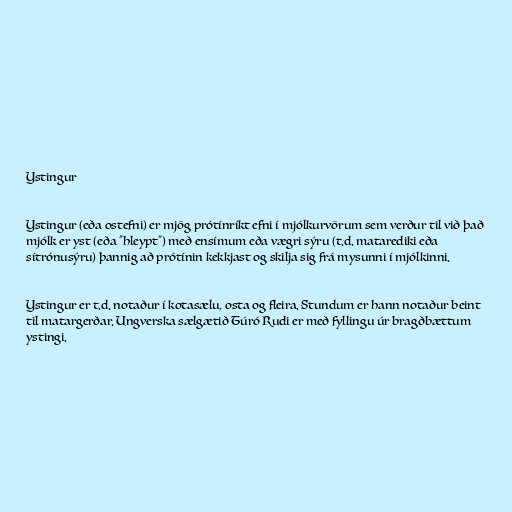
Ystingur

Ystingur (eða ostefni) er mjög prótínríkt efni í mjólkurvörum sem verður til við það
mjólk er yst (eða "hleypt") með ensímum eða vægri sýru (t.d. matarediki eða
sítrónusýru) þannig að prótínin kekkjast og skilja sig frá mysunni í mjólkinni.

Ystingur er t.d. notaður í kotasælu, osta og fleira. Stundum er hann notaður beint
til matargerðar. Ungverska sælgætið Túró Rudi er með fyllingu úr bragðbættum
ystingi.